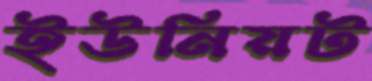
ইউনিয়ট